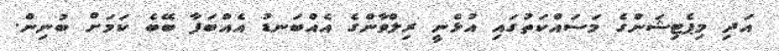
އަދި މިޕެޓިޝަންގެ މަސައްކަތުގައި އުޅެނީ ރިލްވާންގެ އެއްބަނޑު އެއްބަފާ ބޭބެ ކަމަށް ބުނިން.